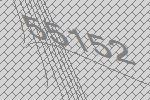
55152